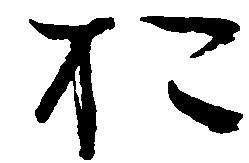
於